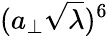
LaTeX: (a_{\perp}\sqrt{\lambda})^{6}